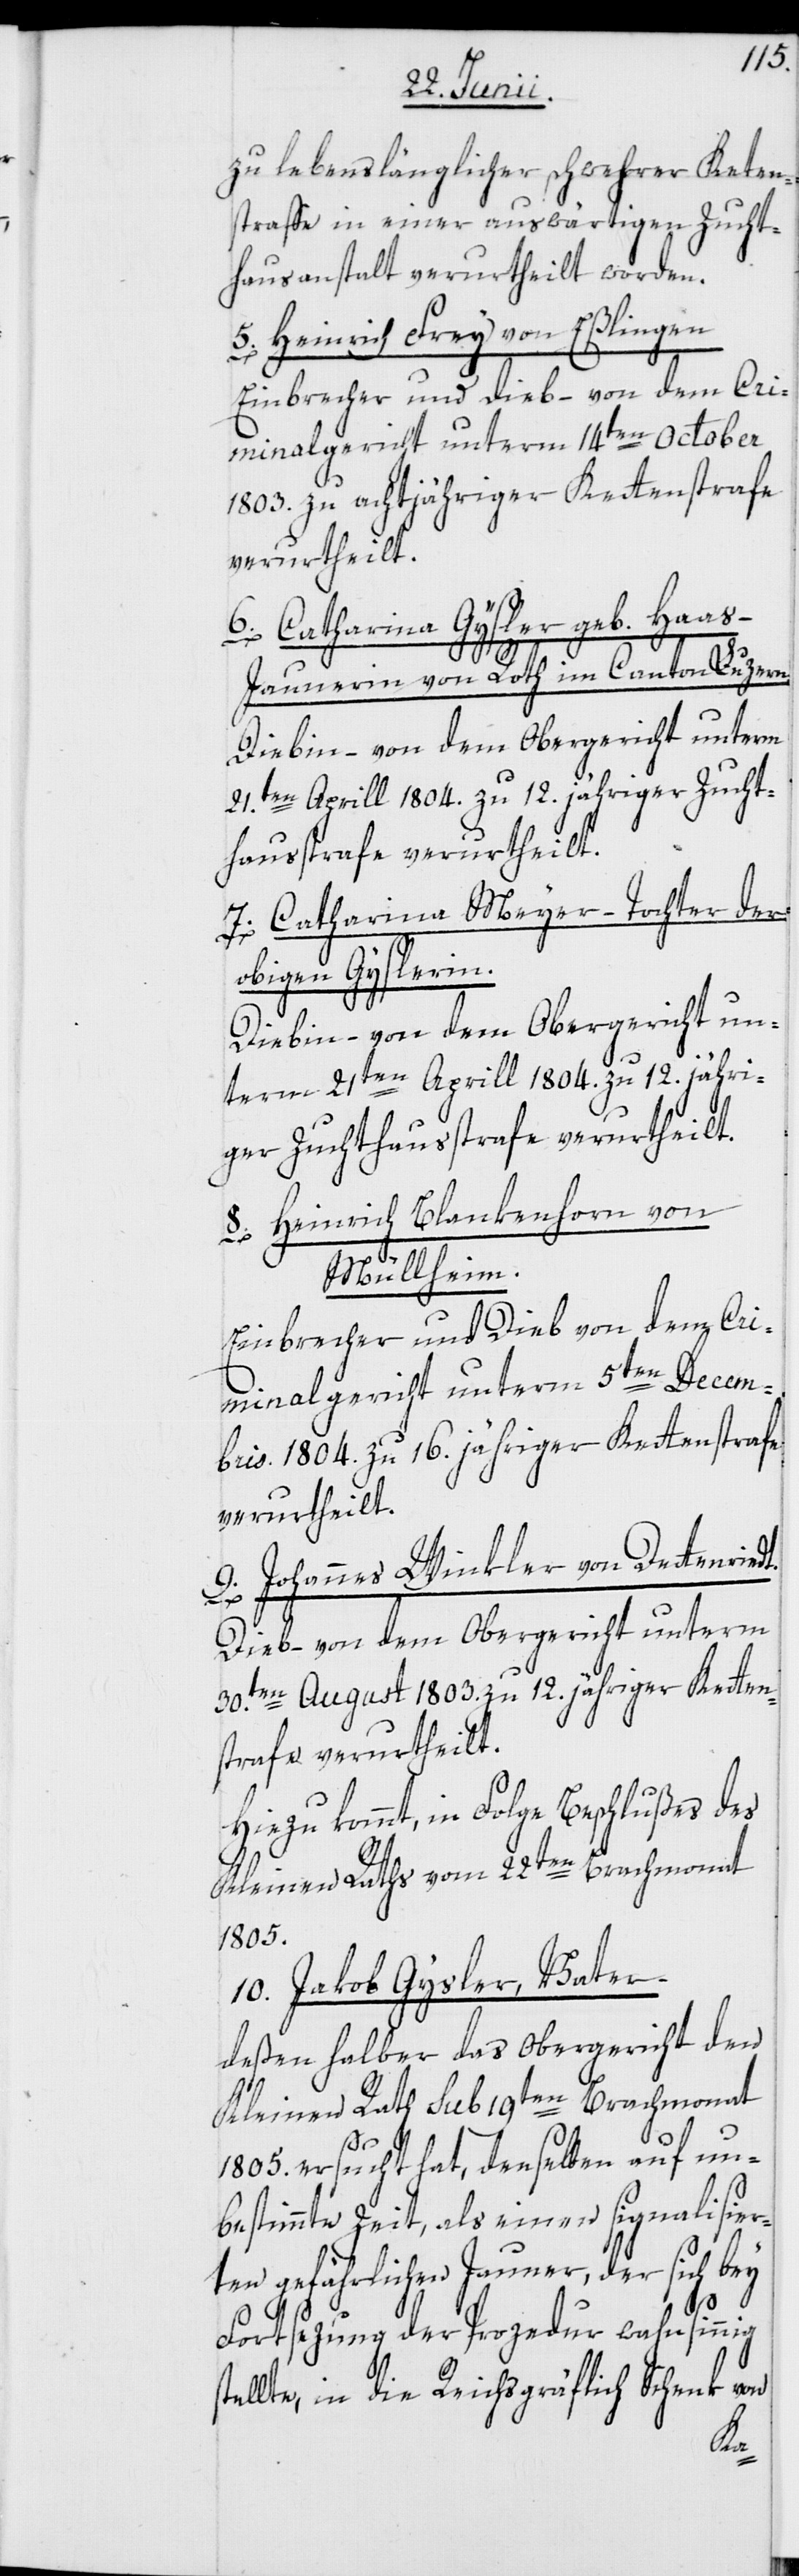
zu lebenslänglicher schwehrer Ket[t]en¬
straffe in einer auswärtigen Zucht¬
hausanstalt verurtheilt worden.
5. Heinrich Frey von Eßlingen
Einbrecher und Dieb – von dem Cri¬
minalgericht unterm 14ten October
1803. zu achtjähriger Kettenstrafe
verurtheilt.
6. Catharina Gysler geb. Haas –
Jaunerin von Roth im Canton Luzern.
Diebin – von dem Obergericht unterm
21.ten Aprill 1804. zu 12. jähriger Zucht¬
hausstrafe verurtheilt.
7. Catharina Meyer – Tochter der
obigen Gyslerin.
Diebin – von dem Obergericht un¬
term 21ten Aprill 1804. zu 12. jähri¬
ger Zuchthausstrafe verurtheilt.
8. Heinrich Blankenhorn von
Müllheim.
Einbrecher und Dieb von dem Cri¬
minalgericht unterm 5ten Decem¬
bris 1804. zu 16. jähriger Kettenstrafe
verurtheilt.
9. Johannes Winkler von Dettenriedt.
Dieb – von dem Obergericht unterm
30.ten August 1803. zu 12. jähriger Ketten¬
strafe verurtheilt.
Hiezu kommt, in Folge Beschlußes des
Kleinen Raths vom 22ten Brachmonat
1805.
10. Jakob Gysler, Vater.
deßen halber das Obergericht den
Kleinen Rath sub 19ten Brachmonat
1805. ersucht hat, denselben auf un¬
bestimmte Zeit, als einen signalisier¬
ten gefährlichen Jauner, der sich bey
Fortsezung der Prozedur wahnsinnig
tellte, in die Reichsgräflich Schenk von
s¬